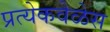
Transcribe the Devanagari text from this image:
प्रत्येकवेळेस